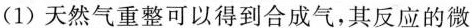
(1)天然气重整可以得到合成气，其反应的微